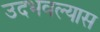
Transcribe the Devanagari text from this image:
उदभवल्यास